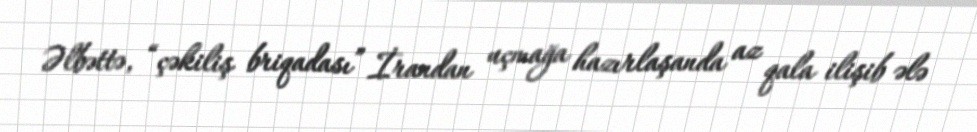
Əlbəttə, “çəkiliş briqadası” İrandan uçmağa hazırlaşanda az qala ilişib ələ